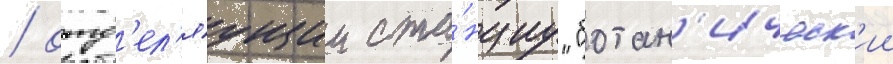
/ отд'ел'яущии ста́нциу "ботан'ическ'ии